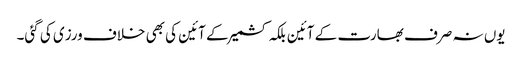
یوں نہ صرف بھارت کے آئین بلکہ کشمیر کے آئین کی بھی خلاف ورزی کی گئی۔